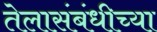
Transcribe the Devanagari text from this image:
तेलासंबंधीच्या